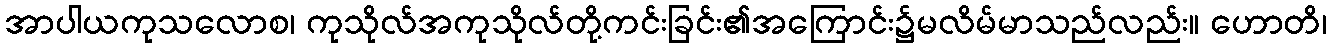
အာပါယကုသလောစ၊ ကုသိုလ်အကုသိုလ်တို့ကင်းခြင်း၏အကြောင်း၌မလိမ်မာသည်လည်း။ ဟောတိ၊